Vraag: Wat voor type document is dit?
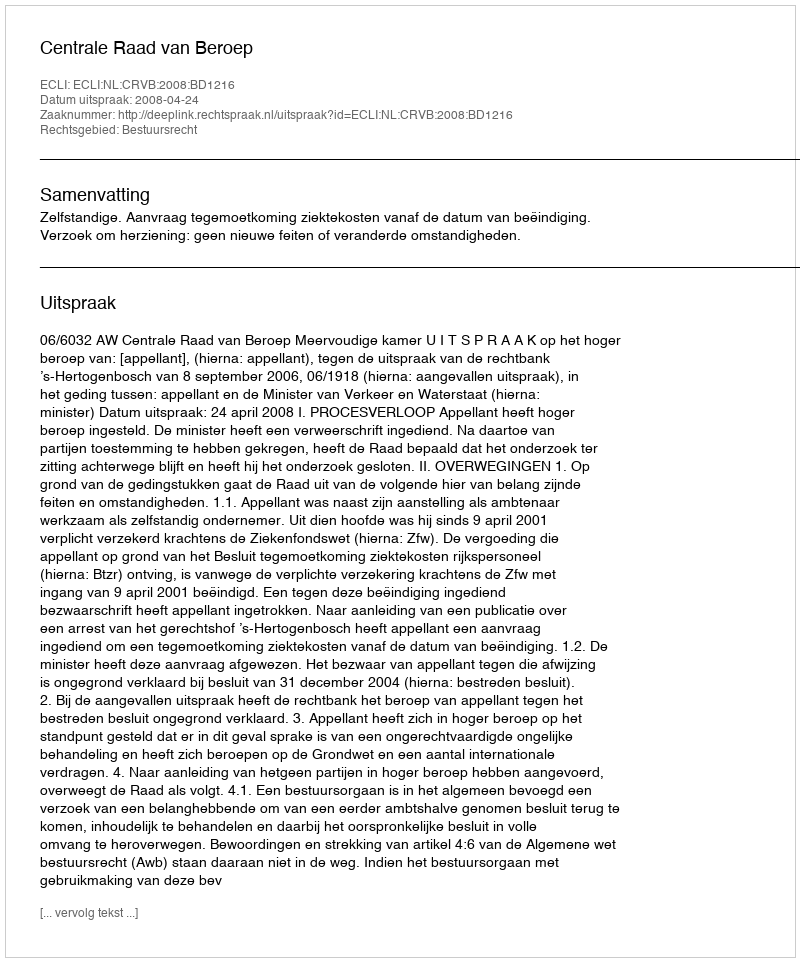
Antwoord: Uitspraak